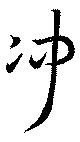
冲